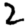
Digit: 2